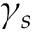
\gamma _ { s }